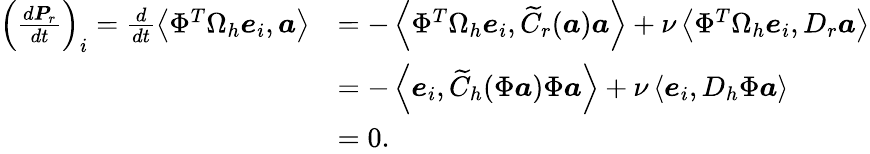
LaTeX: \begin{array}{rl}{\left(\frac{d\boldsymbol{P}_{r}}{dt}\right)_{i}=\frac{d}{dt}\left<\Phi^{T}\Omega_{h}\boldsymbol{e}_{i},\boldsymbol{a}\right>}&{=-\left<\Phi^{T}\Omega_{h}\boldsymbol{e}_{i},\widetilde{C}_{r}(\boldsymbol{a})\boldsymbol{a}\right>+\nu\left<\Phi^{T}\Omega_{h}\boldsymbol{e}_{i},D_{r}\boldsymbol{a}\right>}\\ &{=-\left<\boldsymbol{e}_{i},\widetilde{C}_{h}(\Phi\boldsymbol{a})\Phi\boldsymbol{a}\right>+\nu\left<\boldsymbol{e}_{i},D_{h}\Phi\boldsymbol{a}\right>}\\ &{=0.}\end{array}